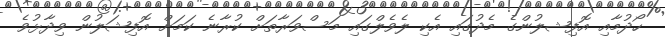
ހޯދުމާއި އޮފިޝލުންގެ މެދުގައި އެކި ލެވެލްގައި މަސްވަރާތަށް ކުރާނެ ކަމަށް އޮފިޝަލުން ވިދާޅުވެ